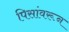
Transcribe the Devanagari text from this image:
पिसांवरून